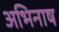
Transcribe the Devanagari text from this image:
अभिनाष